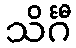
သိင်္ဂီ